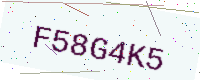
Text: F58G4K5